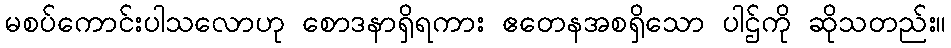
မစပ်ကောင်းပါသလောဟု စောဒနာရှိရကား ဧတေနအစရှိသော ပါဌ်ကို ဆိုသတည်း။